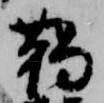
鞨